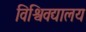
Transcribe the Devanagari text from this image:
विश्विवद्यालय